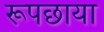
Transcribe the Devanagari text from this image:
रूपछाया